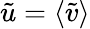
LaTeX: \tilde{u}=\langle\tilde{v}\rangle